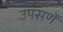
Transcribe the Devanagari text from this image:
उपसणें